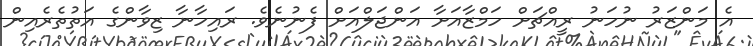
އެ މަންޒަރު ނުހަނު ރީއްޗަށް ހަމްޒާއަށާ އަންޖަލްއަށް ފެނުނެވެ. ރައިހާނާ ޒިވާންގެ އަތުތެރެއިން